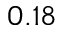
0 . 1 8